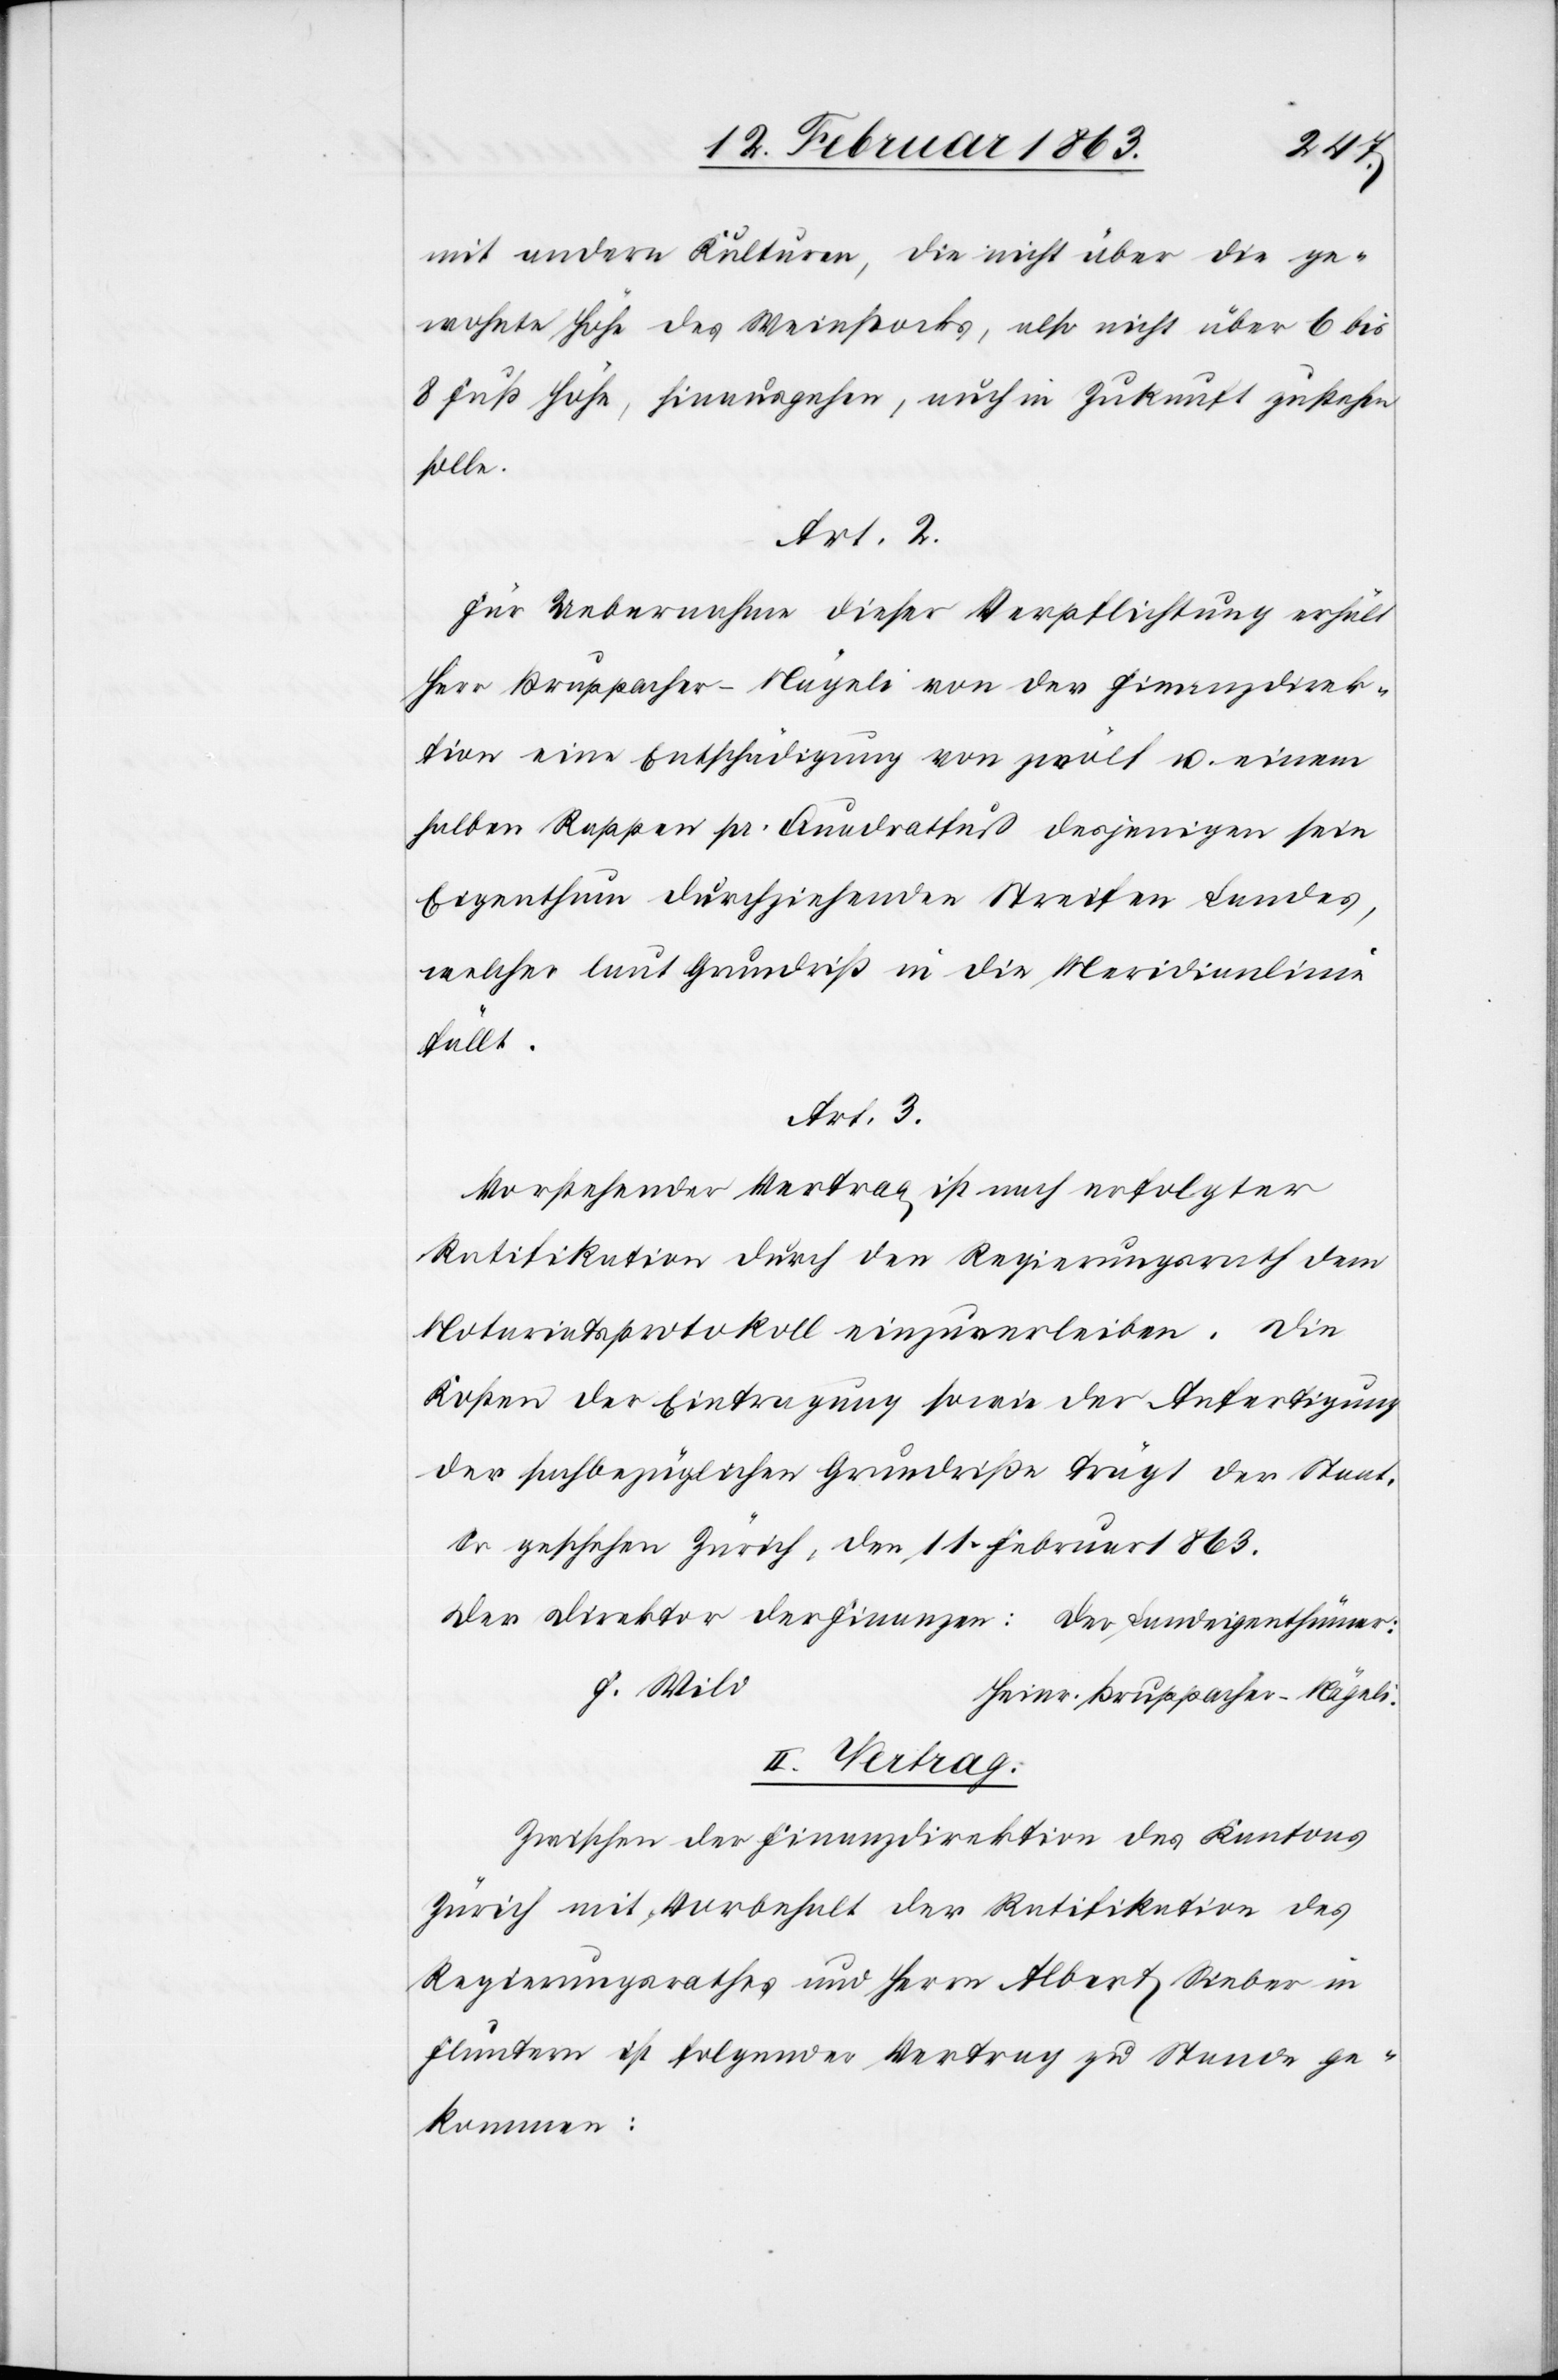
mit andern Kulturen, die nicht über die ge¬
wohnte Höhe des Weinstocks, also nicht über 6 bis
8 Fuß Höhe, hinausgehen, auch in Zukunft zustehen
solle.
Art. 2
Für Uebernahme dieser Verpflichtung erhält
Herr Bruppacher-Nägeli von der Finanzdirek¬
tion eine Entschädigung von zwölf u. einem
halben Rappen pr. Quadratfuß desjenigen sein
Eigenthum durchziehenden Streifen Landes,
welcher laut Grundriß in die Meridianlinie
fällt.
Art. 3.
Vorstehender Vertrag ist nach erfolgter
Ratifikation durch den Regierungsrath dem
Notariatsprotokoll einzuverleiben. Die
Kosten der Eintragung sowie der Anfertigung
der sachbezüglichen Grundriße trägt der Staat.
So geschehen Zürich, den 11. Februar 1863.
Der Direktor der Finanzen: 						Der Landeigenthümer:
II. Vertrag.
Zwischen der Finanzdirektion des Kantons
Zürich mit Vorbehalt der Ratifikation des
Regierungsrathes und Herrn Albert Sieber in
Fluntern ist folgender Vertrag zu Stande ge¬
kommen: